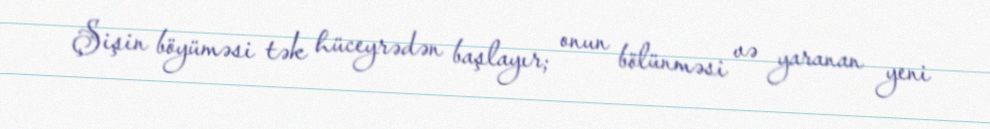
Şişin böyüməsi tək hüceyrədən başlayır; onun bölünməsi və yaranan yeni